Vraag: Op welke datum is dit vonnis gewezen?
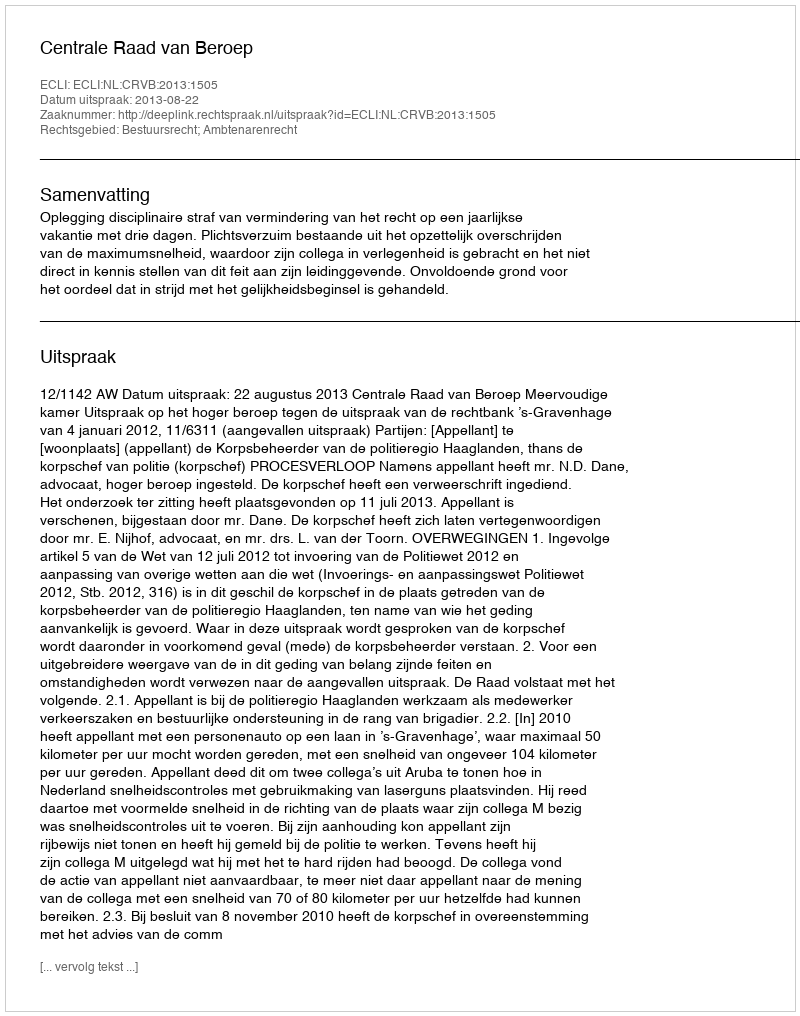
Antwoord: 2013-08-22